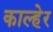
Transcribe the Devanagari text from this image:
काल्हेर